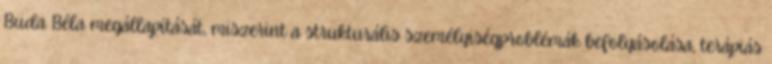
Buda Béla megállapítását, miszerint a strukturális személyiségproblémák befolyásolása, terápiás